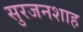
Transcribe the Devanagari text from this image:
सुरजनशाह